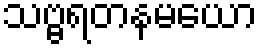
သဗ္ဗရတနမယော